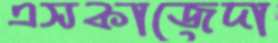
এসকাজেদা